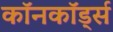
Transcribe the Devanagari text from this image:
कॉनकॉर्ड्स